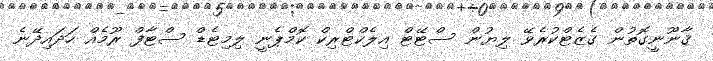
ޤާނޫނީގޮތުން ގެޒެޓްކުރެވޭ ލިޔުން ސްޓޭޓް އިލެކްޓްރިކް ކޮމްޕެނީ ލިމިޓެޑް ސްޓާފް ރޫމެއް ހަދައިދޭނެ